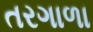
તરગાળા